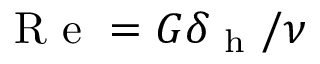
\mathrm { ~ R ~ e ~ } = G \delta _ { \mathrm { ~ h ~ } } / \nu